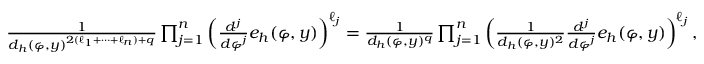
\begin{array} { r } { \frac { 1 } { d _ { h } ( \varphi , y ) ^ { 2 ( \ell _ { 1 } + \cdots + \ell _ { n } ) + q } } \prod _ { j = 1 } ^ { n } \left( \frac { d ^ { j } } { d \varphi ^ { j } } e _ { h } ( \varphi , y ) \right) ^ { \ell _ { j } } = \frac { 1 } { d _ { h } ( \varphi , y ) ^ { q } } \prod _ { j = 1 } ^ { n } \left( \frac { 1 } { d _ { h } ( \varphi , y ) ^ { 2 } } \frac { d ^ { j } } { d \varphi ^ { j } } e _ { h } ( \varphi , y ) \right) ^ { \ell _ { j } } , } \end{array}